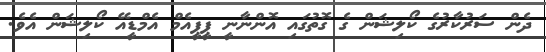
ދެން ސަރުކާރުގެ ކޯލިޝަން ގެ ގޮތުގައި އޮންނާނީ ޕީޕީއެމް އެމްޑީއޭ ކޯލިޝަން އެވެ.